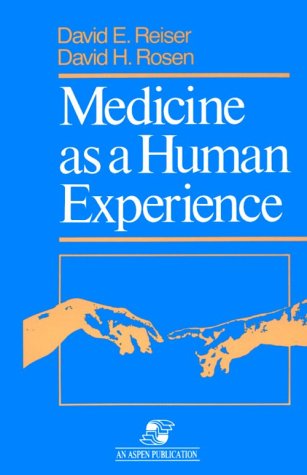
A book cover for Medicine As a Human Experience; David E. Reiser; Medical Books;